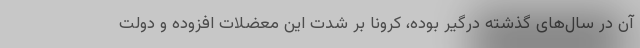
آن در سال‌های گذشته درگیر بوده، کرونا بر شدت این معضلات افزوده و دولت